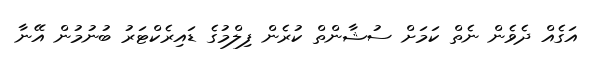
އަގެއް ދެވެން ނެތް ކަމަށް ސުޝާންތް ކުރެން ފިލްމުގެ ޑައިރެކްޓަރު ބުނުމުން އޭނާ